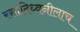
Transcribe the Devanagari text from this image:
रसादिध्वनीलाच